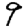
Digit: 9